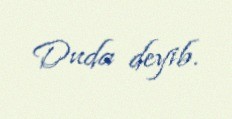
Duda deyib.